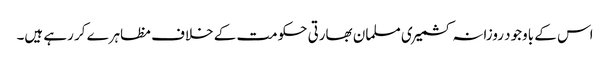
اس کے باوجود روزانہ کشمیری مسلمان بھارتی حکومت کے خلاف مظاہرے کر رہے ہیں۔